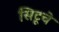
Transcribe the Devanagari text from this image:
सिटूचे